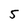
Character: 5